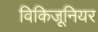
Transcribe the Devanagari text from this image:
विकिजूनियर